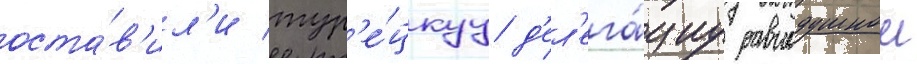
оста́в'ил'и тур'е́цкуу д'ел'ега́циу равнодушнои